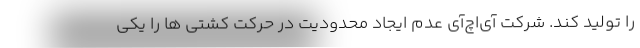
را تولید کند. شرکت آی‌اچ‌آی عدم ایجاد محدودیت در حرکت کشتی ها را یکی